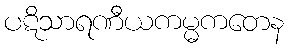
ပဋိသာရဏီယကမ္မကတေန